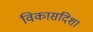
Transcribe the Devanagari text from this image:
विकासदिशा